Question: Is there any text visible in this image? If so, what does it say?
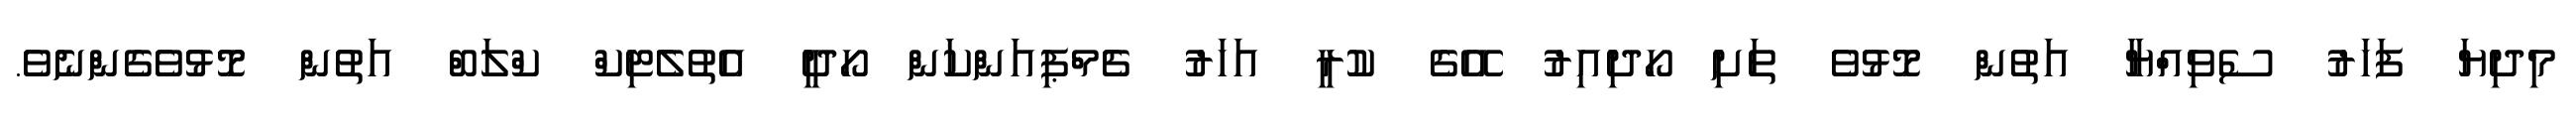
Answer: މިދިޔަ ފަހަރު ސެވިއްޔާ އަތުން މޮޅުވެ ތަށި ހޯދިއިރު އޭގެ ކުރީ އަހަރު ޗެމްޕިއަންކަން ހޯދީ އެތުލެޓިކް ކްލަބް އަތުން މޮޅުވެގެންނެވެ.